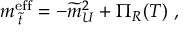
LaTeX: m _ { \; \widetilde { t } } ^ { \mathrm { e f f } } = - \widetilde { m } _ { U } ^ { 2 } + \Pi _ { R } ( T ) \ ,